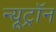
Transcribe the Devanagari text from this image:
न्यूट्राॅन